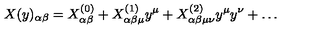
X ( y ) _ { \alpha \beta } = X _ { \alpha \beta } ^ { ( 0 ) } + X _ { \alpha \beta \mu } ^ { ( 1 ) } y ^ { \mu } + X _ { \alpha \beta \mu \nu } ^ { ( 2 ) } y ^ { \mu } y ^ { \nu } + \dots